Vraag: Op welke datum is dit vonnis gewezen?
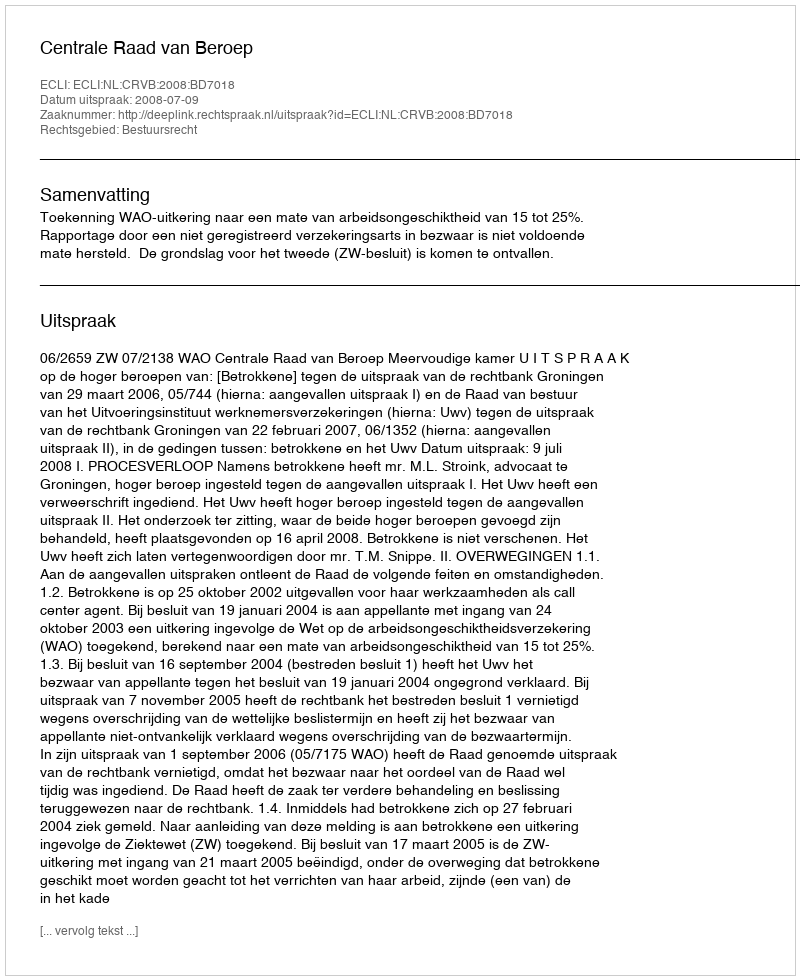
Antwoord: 2008-07-09